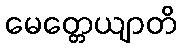
မေတ္တေယျာတိ